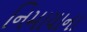
નિમાયાના